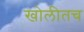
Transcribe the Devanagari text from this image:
खोलीतच